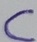
Text: C